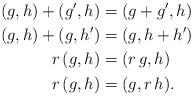
LaTeX: \begin{align*} (g,h) + (g',h) & = (g+g', h) \\ (g,h) + (g,h') & = (g, h+h') \\ r\, (g,h) &= (r \, g,h) \\ r\, (g,h) &= (g,r \, h).\end{align*}